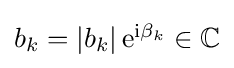
{\textstyle b_{k}=\left\vert b_{k}\right\vert \mathrm {e} ^{\mathrm {i} \beta _{k}}\in \mathbb {C} }